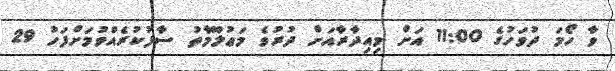
ވާ ހޯމަ ދުވަހުގެ 11:00 އަށް މިއިދާރާއަށް ދުރުވެ މަޢުލޫމާތު ސާފުކުރެއްވުމަށްފަހު 29